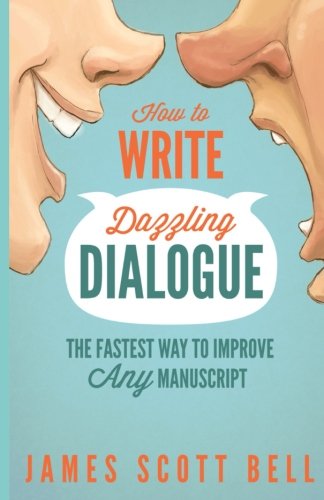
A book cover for How to Write Dazzling Dialogue: The Fastest Way to Improve Any Manuscript; James Scott Bell; Reference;